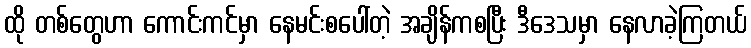
ထို တစ်တွေဟာ ကောင်းကင်မှာ နေမင်းစပေါ်တဲ့ အချိန်ကစပြီး ဒီဒေသမှာ နေလာခဲ့ကြတယ်